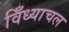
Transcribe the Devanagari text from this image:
विँध्याचल